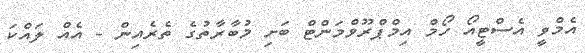
އެމްވީ އެސްޓީއޯ ހޯމް އިމްޕްރޫވްމަންޓް ބަށި މުބާރާތުގެ ތެރެއިން - އެއް ލައްކަ